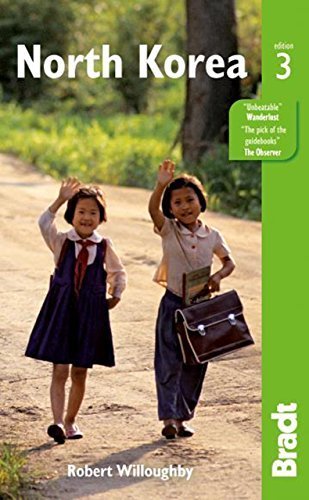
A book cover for North Korea (Bradt Travel Guides) by Willoughby, Robert (2014) Paperback; Travel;